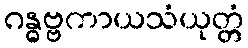
ဂန္ဓဗ္ဗကာယသံယုတ္တံ